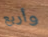
وأربع